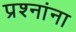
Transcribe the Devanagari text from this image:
प्रश्‍नांना